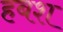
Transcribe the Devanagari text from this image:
हबश